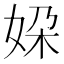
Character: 㛆